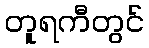
တူရကီတွင်